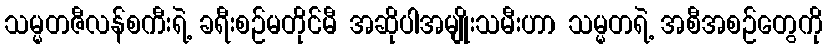
သမ္မတဇီလန်စကီးရဲ့ ခရီးစဉ်မတိုင်မီ အဆိုပါအမျိုးသမီးဟာ သမ္မတရဲ့ အစီအစဉ်တွေကို